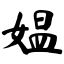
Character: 媪